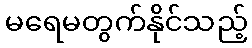
မရေမတွက်နိုင်သည့်